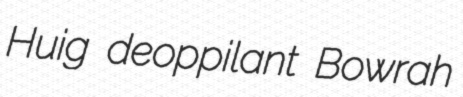
Huig deoppilant Bowrah